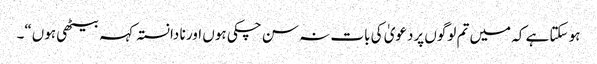
ہو سکتا ہے کہ میں تم لوگوں پردعویٰ کی بات نہ سن چکی ہوں اور نا دانستہ کہہ بیٹھی ہوں“۔